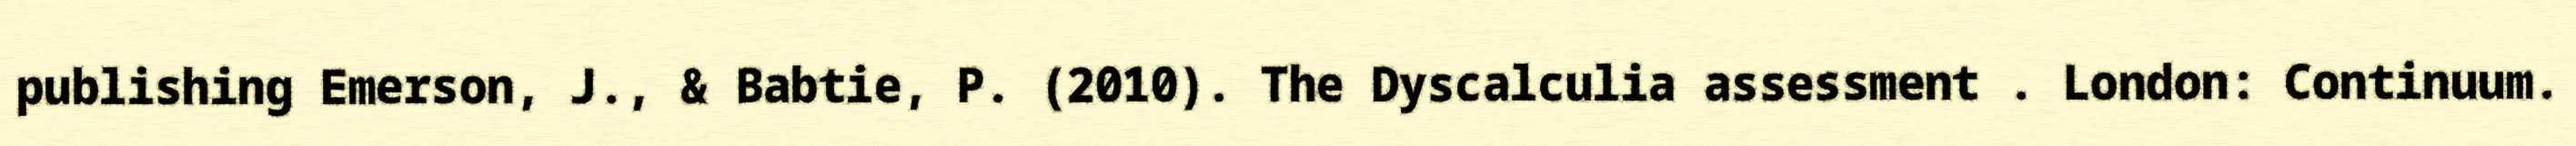
publishing Emerson, J., & Babtie, P. (2010). The Dyscalculia assessment . London: Continuum.